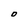
Character: O